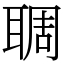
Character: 䎻